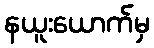
နယူးယောက်မှ